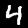
Label: 4